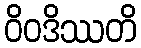
ဝိဝဒိဿတိ